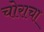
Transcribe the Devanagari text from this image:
चोराचा